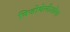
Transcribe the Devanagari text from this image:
मिजोथेलीओमा